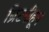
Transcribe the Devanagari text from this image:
ब्रिटनीहून